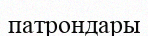
патрондары